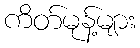
ကိတ်မုန့်များ